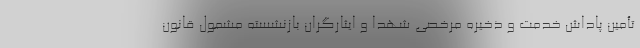
تأمین پاداش خدمت و ذخیره مرخصی شهدا و ایثارگران بازنشسته مشمول قانون